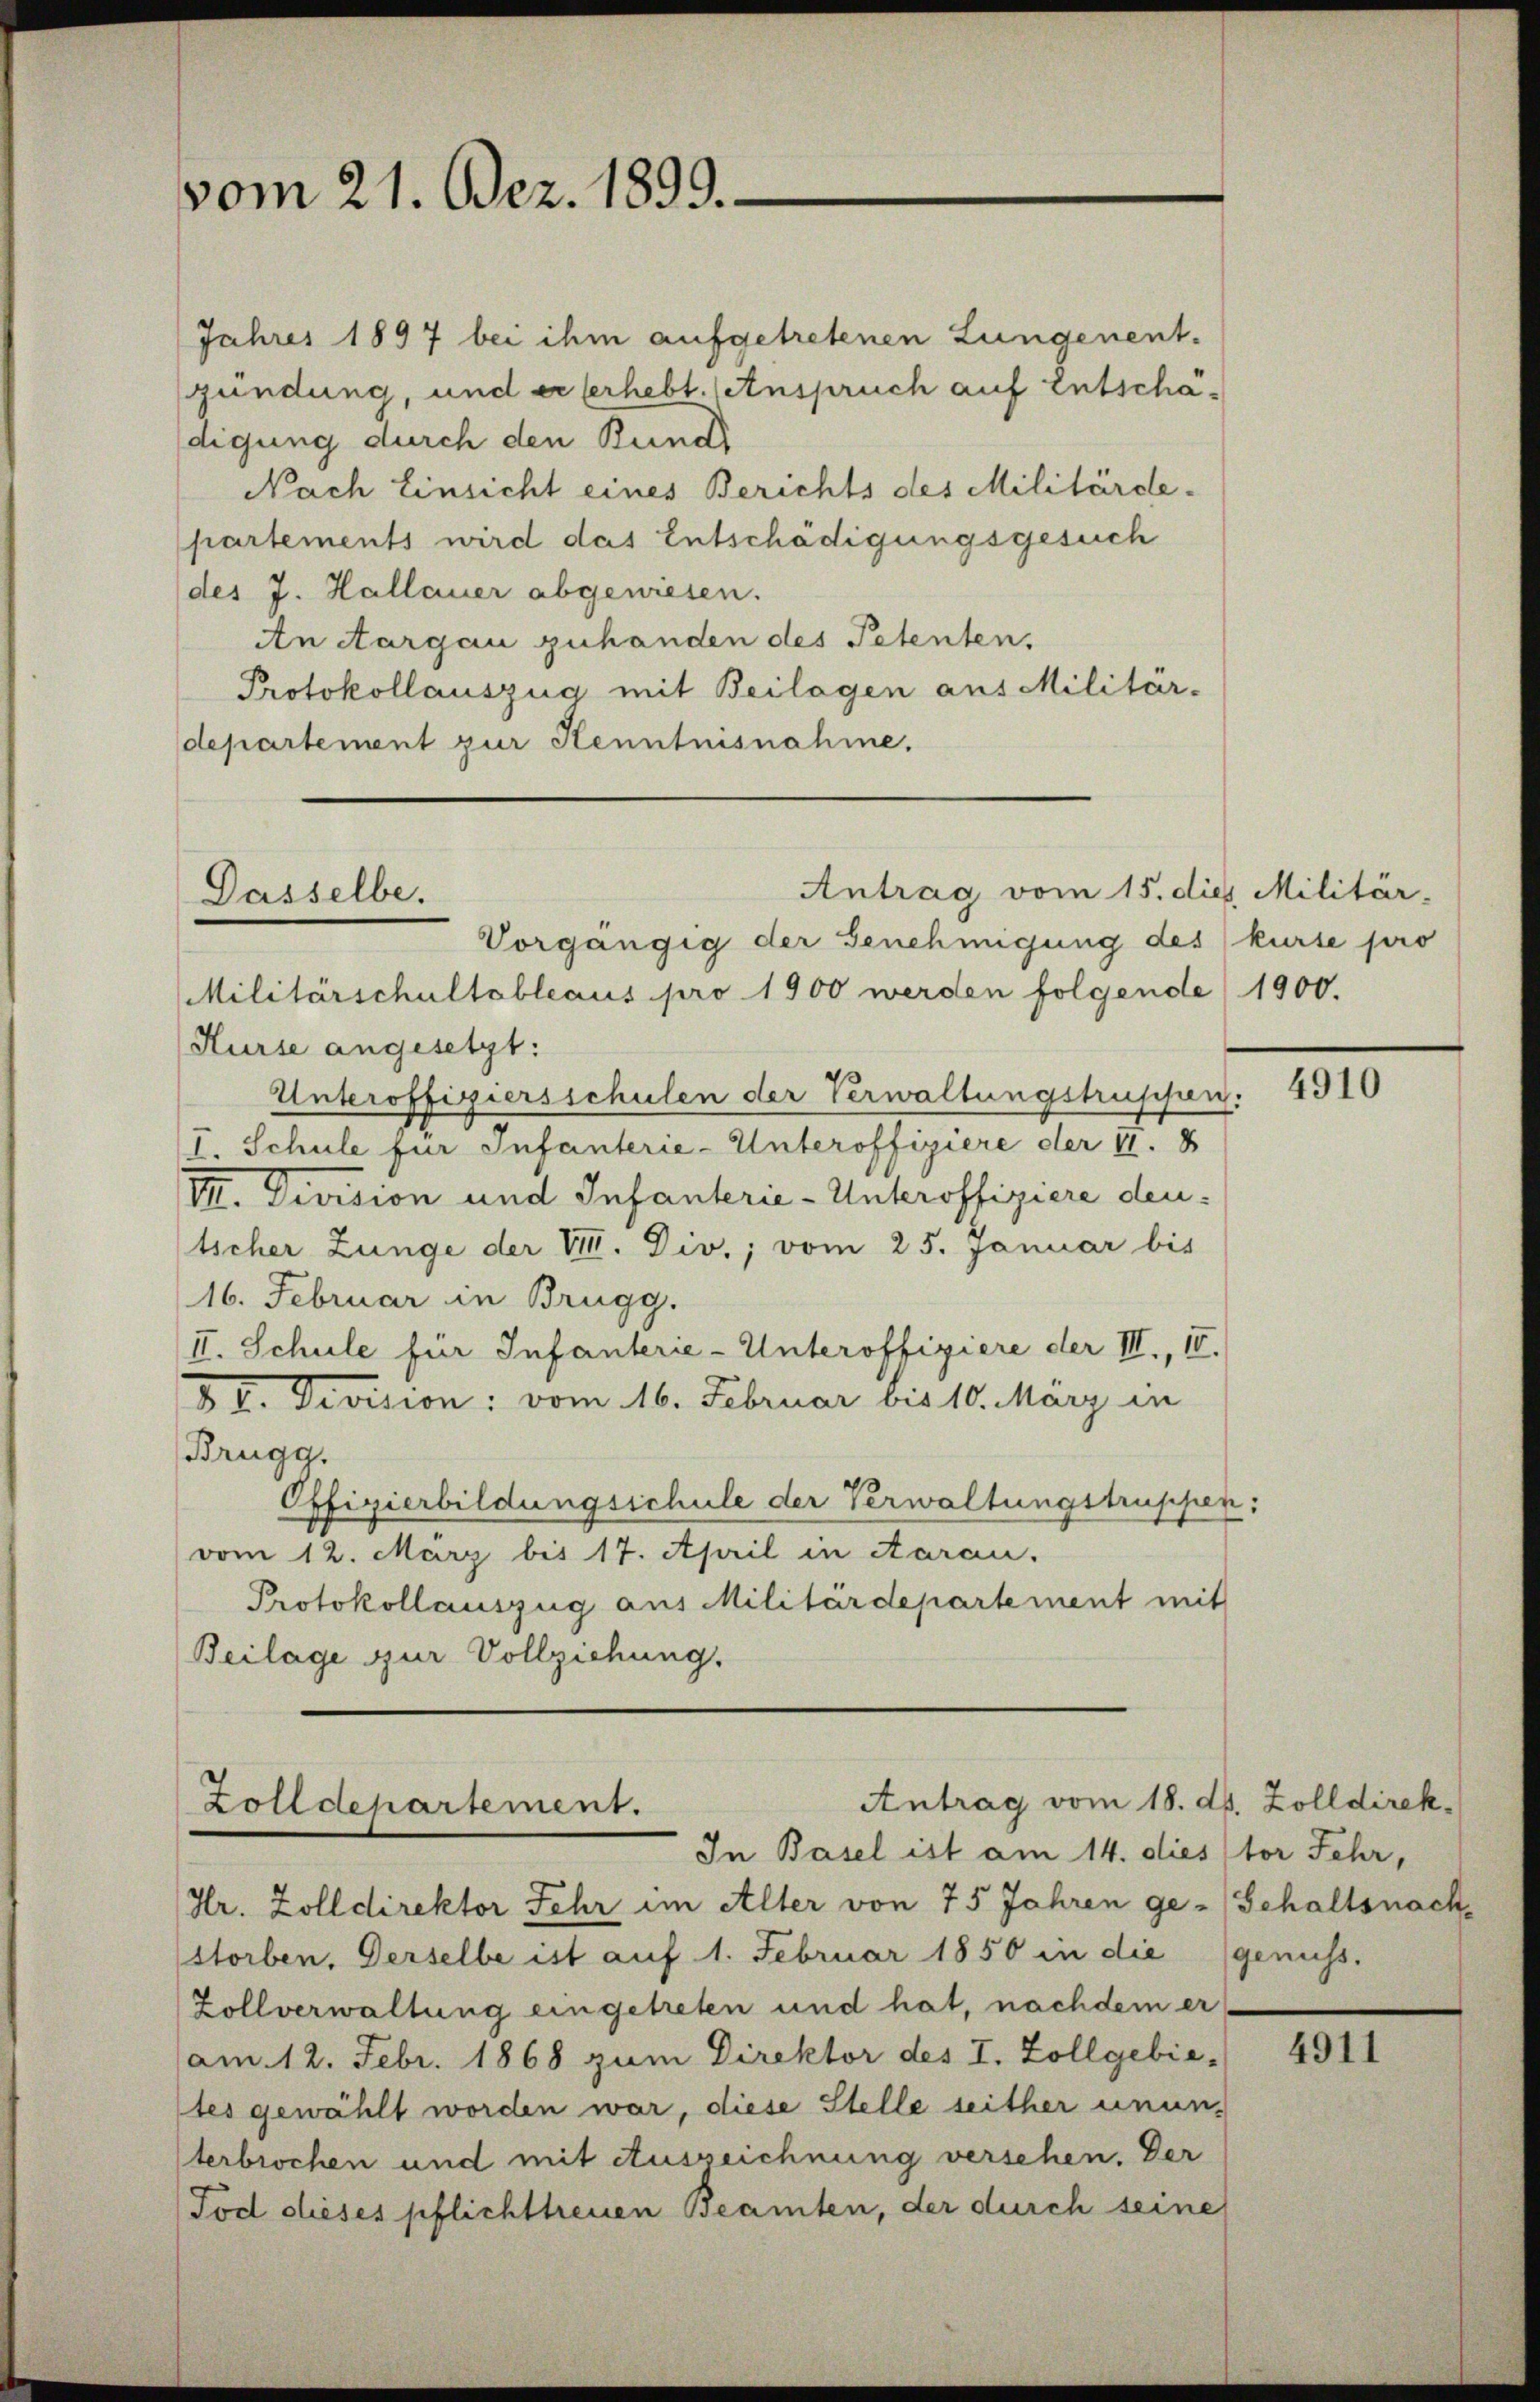
vom 21. Dez. 1899.

Jahres 1897 bei ihm aufgetretenen Lungenent-
ündung, und er verhebt. (Anspruch auf Entschädigung durch den Bund
Nach Einsicht eines Berichts des Militärde-
partements wird das Entschädigungsgesuch
(des J. Hallauer abgewiesen.
An Aargau zuhanden des Petenten,
Protokollauszug mit Beilagen aus Militär-
departement zur Kenntnisnahme.

Dasselbe.

Vorgängig der Genehmigung des kürte pro
Militärschultableaus pro 1900 werden folgende 1900.
Kurse angesetzt:
Unteroffiziersschulen der Verwaltungstrüssen:
I. Schule für Infanterie-Unteroffiziere der II. 8
III. Division und Infanterie-Unteroffiziere dentscher Zunge der VIII. Div.; vom 25. Januar bis
16. Februar in Brugg.
II. Schule für Infanterie-Unteroffiziere der III., 15.
D II. Devision: vom 16. Februar bis 10. März in
Brugg.
Offizierbildungsschule der Verwaltungstruppen:
vom 12. März bis 17. April in Aarau
Protokollauszug aus Militärdepartement mit
Beilage zur Vollziehung.

Antrag vom 15. dies Militär-

Antrag vom 18. ds. Zolldirek
Zolldepartement.
In Basel ist am 14. dies stor Fehr,

(Hr. Zolldirektor Sehr im Alter von 75 Jahren ge-Gehaltsnach-
storben, Derselbe ist auf 1. Februar 1850 in die genuss.
Zollverwaltung eingetreten und hat, nachdem er
am 12. Febr. 1868 zum Direktor des I. Zollgebie-
tes gewählt worden war, diese Stelle seither unun-
terbrochen und mit Auszeichnung versehen. Der
Tod dieses pflichttreuen Beamten, der durch seine

4910

4911